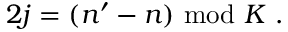
2 j = ( n ^ { \prime } - n ) { } ~ \mathrm { m o d } { } ~ K { } ~ .